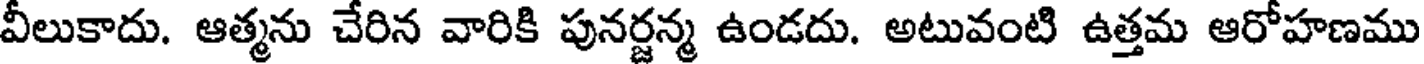
వీలుకాదు. ఆత్మను చేరిన వారికి పునర్జన్మ ఉండదు. అటువంటి ఉత్తమ ఆరోహణము